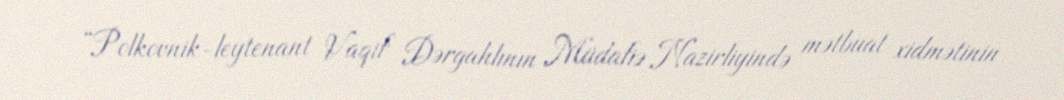
“Polkovnik-leytenant Vaqif Dərgahlının Müdafiə Nazirliyində mətbuat xidmətinin